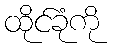
ထိုင်ခုံကို